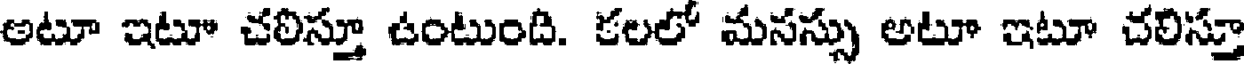
అటూ ఇటూ చలిస్తూ ఉంటుంది. కలలో మనస్సు అటూ ఇటూ చలిస్తూ